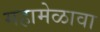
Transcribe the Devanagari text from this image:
महामेळावा